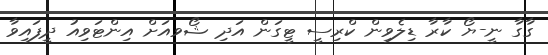
ގާގާ ނީ-ޔޯ ކާރާ ޑިލެވިން ކްރިސީ ޓީގަން އަދި ޝޯވއަށް އިންޓަވިއު ދީފައިވާ